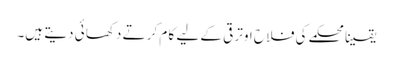
یقینا محکمے کی فلا ح اوتر قی کے لیے کا م کر تے دکھا ئی دیتے ہیں۔